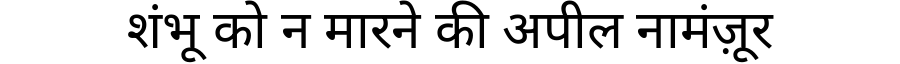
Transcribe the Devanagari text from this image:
शंभू को न मारने की अपील नामंज़ूर